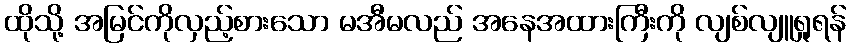
ထိုသို့ အမြင်ကိုလှည့်စားသော မအီမလည် အနေအထားကြီးကို လျစ်လျူရှုရန်